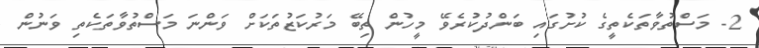
2- މަސްތުވާތަކެތީގެ ކުށުގައި ބަންދުކުރެވޭ މީހުން ތިބޭ މަރުކަޒުތަކަށް ވަންނަ މަސްތުވާތަކެތި ވަނުން